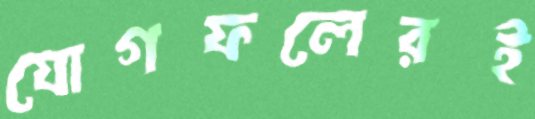
যোগফলেরই